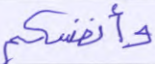
وأنفسكم